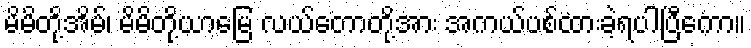
မိမိတို့အိမ်၊ မိမိတို့ယာမြေ လယ်တောတို့အား အကယ်ပစ်ထားခဲ့ရပါပြီကော။